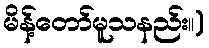
မိန့်တော်မူသနည်း။)